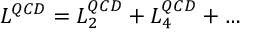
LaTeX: { \cal L } ^ { Q C D } = { \cal L } _ { 2 } ^ { Q C D } + { \cal L } _ { 4 } ^ { Q C D } + \ldots